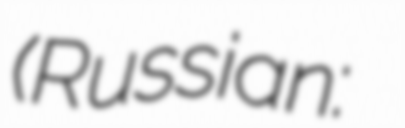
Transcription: (Russian: Назар